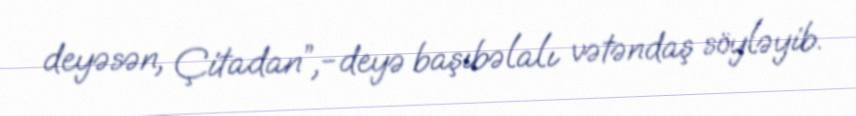
deyəsən, Çitadan”,-deyə başıbəlalı vətəndaş söyləyib.